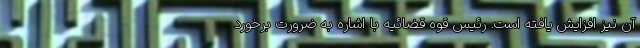
آن نیز افزایش یافته است. رئیس قوه قضائیه با اشاره به ضرورت برخورد